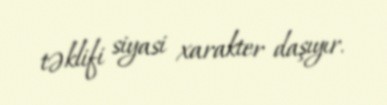
təklifi siyasi xarakter daşıyır.